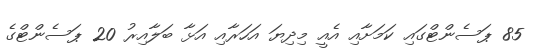
85 ޕަސެންޓްގައި ކަމަށާއި އެއީ މިދިޔަ އަހަރާއި އަޅާ ބަލާއިރު 20 ޕަސެންޓްގެ